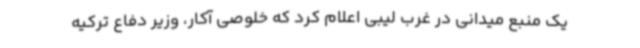
یک منبع میدانی در غرب لیبی اعلام کرد که خلوصی آکار، وزیر دفاع ترکیه